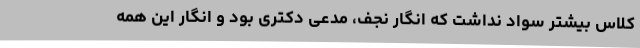
کلاس بیشتر سواد نداشت که انگار نجف، مدعی دکتری بود و انگار این همه